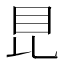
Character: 𥄀